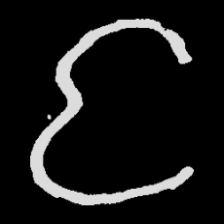
Pyu character \u2014 Myanmar letter: င (romanized: nga)